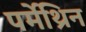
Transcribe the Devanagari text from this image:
पर्मेथ्रिन